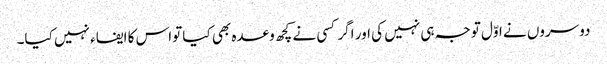
دوسروں نے اوّل توجہ ہی نہیں کی اور اگر کسی نے کچھ وعدہ بھی کیا تواس کا ایفاء نہیں کیا۔